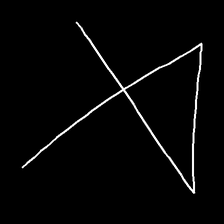
Glyph: collection